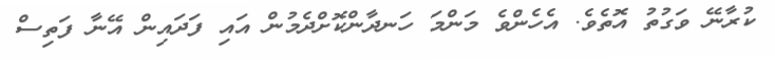
ކުރާނޭ ވަގުތު އޮތެވެ. އެހެންވެ މަންމަ ހަނދާންކޮށްދެމުން އައި ފަދައިން އޭނާ ފަތިސް